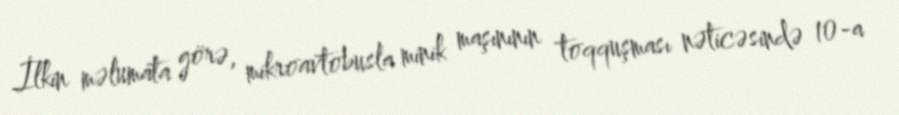
İlkin məlumata görə, mikroavtobusla minik maşınının toqquşması nəticəsində 10-a